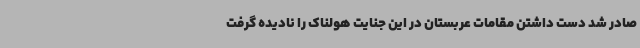
صادر شد دست داشتن مقامات عربستان در این جنایت هولناک را نادیده گرفت